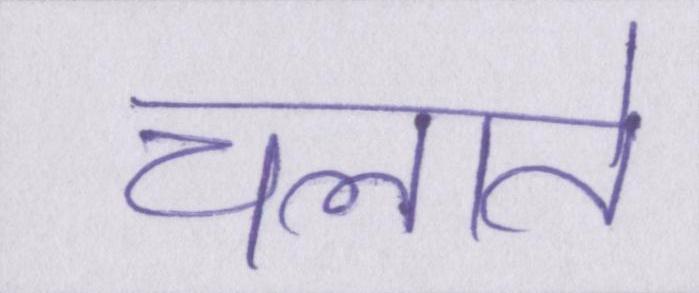
चलाते